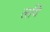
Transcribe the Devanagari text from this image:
लविं